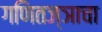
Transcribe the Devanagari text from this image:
गणितज्ञाचा